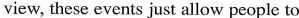
view, these events just allow people to